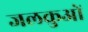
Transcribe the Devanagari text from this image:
जलकुओं